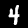
Digit: 4